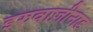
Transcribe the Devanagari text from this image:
इरुवाज़ीनाड